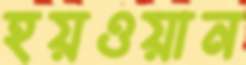
হয়ওয়ান